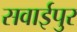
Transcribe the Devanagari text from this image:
सवाईपुर